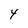
Character: 4